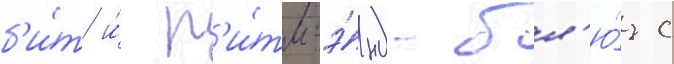
б'и́т и́ р'и́тм-э́нд-бл'ю́з с